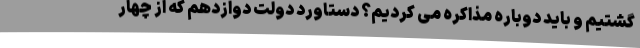
گشتیم و باید دوباره مذاکره می کردیم؟ دستاورد دولت دوازدهم که از چهار